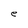
Character: e